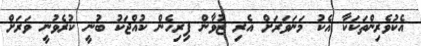
އެކުވެރިންތަކަކާ އެކު މަނަވަރަށް އެރި ޒުވާން ފިރިހެން ކުއްޖަކު ބުނީ ކުރެވުނީ ވަރަށް